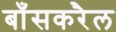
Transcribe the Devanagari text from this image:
बाँसकरैल